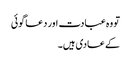
تو وہ عبادت اور دعا گوئی
کے عادی ہیں۔